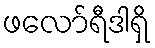
ဖလော်ရီဒါရှိ